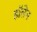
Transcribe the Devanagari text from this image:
हॉलेन